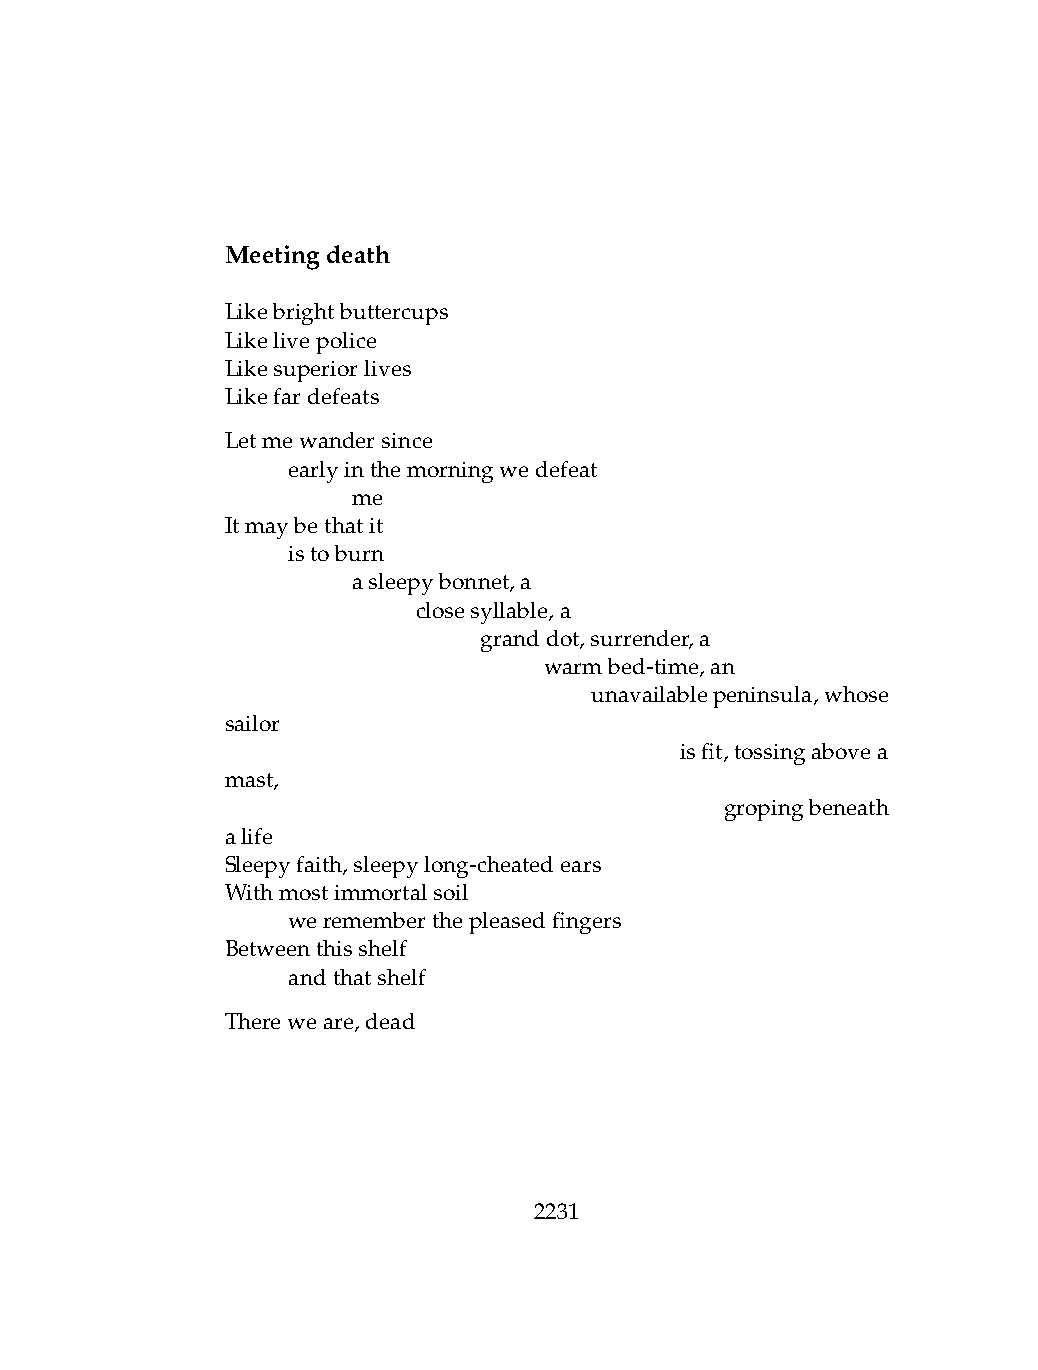
Meetingdeath
 Likebrightbuttercups
 Likelivepolice
 Likesuperiorlives
 Likefardefeats
 Letmewandersince
 .   earlyinthemorningwedefeat
 .   .   me
 Itmaybethatit
 .   istoburn
 .   .   asleepybonnet,a
 .   .   .    closesyllable,a
 .   .   .    .   granddot,surrender,a
 .   .   .    .   .   warmbed-time,an
 .   .   .   .   .   .   unavailablepeninsula,whose
 sailor
 .   .   .    .   .   .    .   isfit,tossingabovea
 mast,
 .   .   .   .   .    .   .   .   gropingbeneath
 alife
 Sleepyfaith,sleepylong-cheatedears
 Withmostimmortalsoil
 .   werememberthepleasedfingers
 Betweenthisshelf
 .   andthatshelf
 Thereweare,dead
 2231